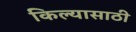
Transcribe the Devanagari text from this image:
किल्यासाठी